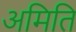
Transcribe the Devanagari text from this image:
अमिति